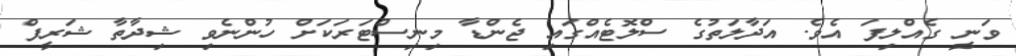
ވަނީ ގެއްލިފަ އެވެ. އަދާލަތުގެ ސްލޮޓެއްގައި ޖެންޑާ މިނިސްޓަރަކަށް ހުންނެވި ޝިދާތާ ޝަރީފް